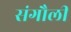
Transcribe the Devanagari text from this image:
संगौली